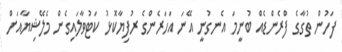
ފަހުން ތުގާގެ ފްރެންޑެއް ބުނީމަ އެނގުނީ އޭނަ އަހަރެންގެ ރުފިޔާކޮޅު ކަޓުވާލައިގެން މެލޭޝިޔާއަށް